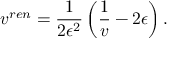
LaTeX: v ^ { r e n } = \frac { 1 } { 2 \epsilon ^ { 2 } } \left( \frac { 1 } { v } - 2 \epsilon \right) .